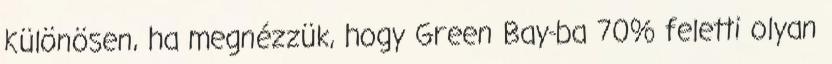
Különösen, ha megnézzük, hogy Green Bay-ba 70% feletti olyan